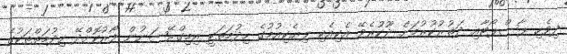
ދިވެހި ޕާސްޕޯޓާއި ދަތުރުކުރުމަށް ދޫކުރެވޭ އެކިއެކި ލިޔެކިއުމުގެ ހިދުމަތަކީ އިމިގްރޭޝަނުން ފޯރުކޮށްދޭ ހިދުމަތްތަކުގެ